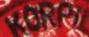
KORPIL